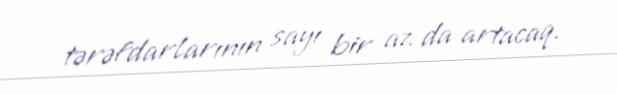
tərəfdarlarının sayı bir az da artacaq.